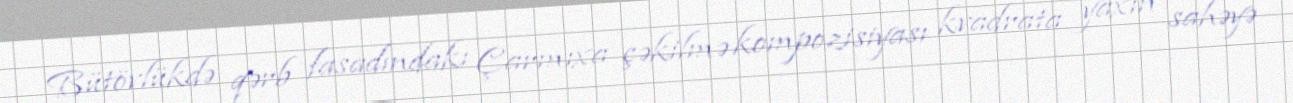
Bütövlükdə qərb fasadındakı Çarmıxa çəkilmə kompozisiyası kvadrata yaxın sahəyə